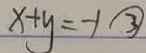
x + y = - 1 \textcircled { 3 }